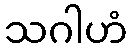
သဂါဟံ